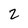
Character: 2